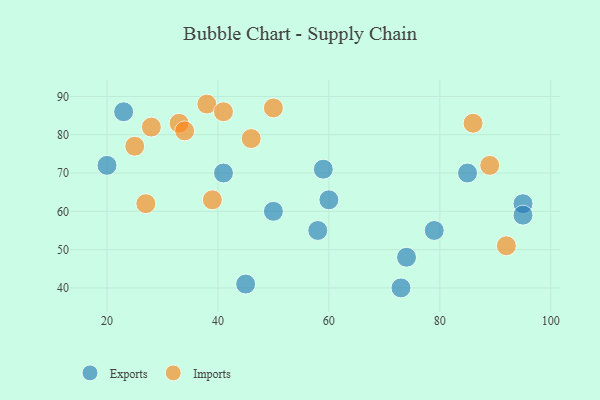
{"axis": {"x": "GDP", "y": "Life Expectancy"}, "legend": ["Exports", "Imports"], "data": [{"x": "73", "y": 40, "type": "Exports"}, {"x": "50", "y": 60, "type": "Exports"}, {"x": "59", "y": 71, "type": "Exports"}, {"x": "85", "y": 70, "type": "Exports"}, {"x": "20", "y": 72, "type": "Exports"}, {"x": "74", "y": 48, "type": "Exports"}, {"x": "95", "y": 62, "type": "Exports"}, {"x": "79", "y": 55, "type": "Exports"}, {"x": "41", "y": 70, "type": "Exports"}, {"x": "95", "y": 59, "type": "Exports"}, {"x": "23", "y": 86, "type": "Exports"}, {"x": "60", "y": 63, "type": "Exports"}, {"x": "58", "y": 55, "type": "Exports"}, {"x": "45", "y": 41, "type": "Exports"}, {"x": "33", "y": 83, "type": "Imports"}, {"x": "92", "y": 51, "type": "Imports"}, {"x": "89", "y": 72, "type": "Imports"}, {"x": "34", "y": 81, "type": "Imports"}, {"x": "50", "y": 87, "type": "Imports"}, {"x": "25", "y": 77, "type": "Imports"}, {"x": "38", "y": 88, "type": "Imports"}, {"x": "28", "y": 82, "type": "Imports"}, {"x": "39", "y": 63, "type": "Imports"}, {"x": "86", "y": 83, "type": "Imports"}, {"x": "27", "y": 62, "type": "Imports"}, {"x": "41", "y": 86, "type": "Imports"}, {"x": "46", "y": 79, "type": "Imports"}]}